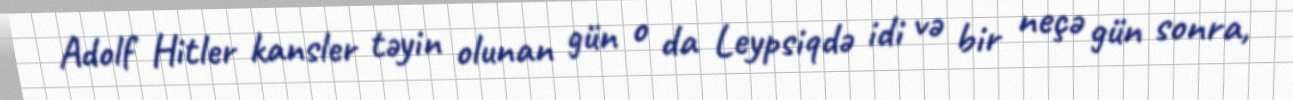
Adolf Hitler kansler təyin olunan gün o da Leypsiqdə idi və bir neçə gün sonra,